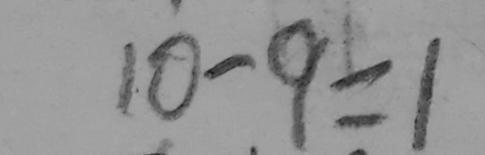
1 0 - 9 = 1